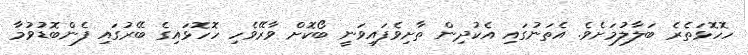
ހޮހޮޅަތެރެ ބަލާލުމަށެވެ. އެތަނުގައި އެކުދިން ތާށިވެފައިވަނީ ބޯކޮށް ވާރޭވެހި ހޮހޮޅައިގެ ބޭރުގައި ފެންބޮޑުވުމާ